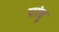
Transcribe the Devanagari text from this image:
पांबु